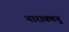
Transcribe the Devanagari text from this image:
नारायणनुं